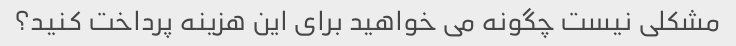
مشکلی نیست چگونه می خواهید برای این هزینه پرداخت کنید؟